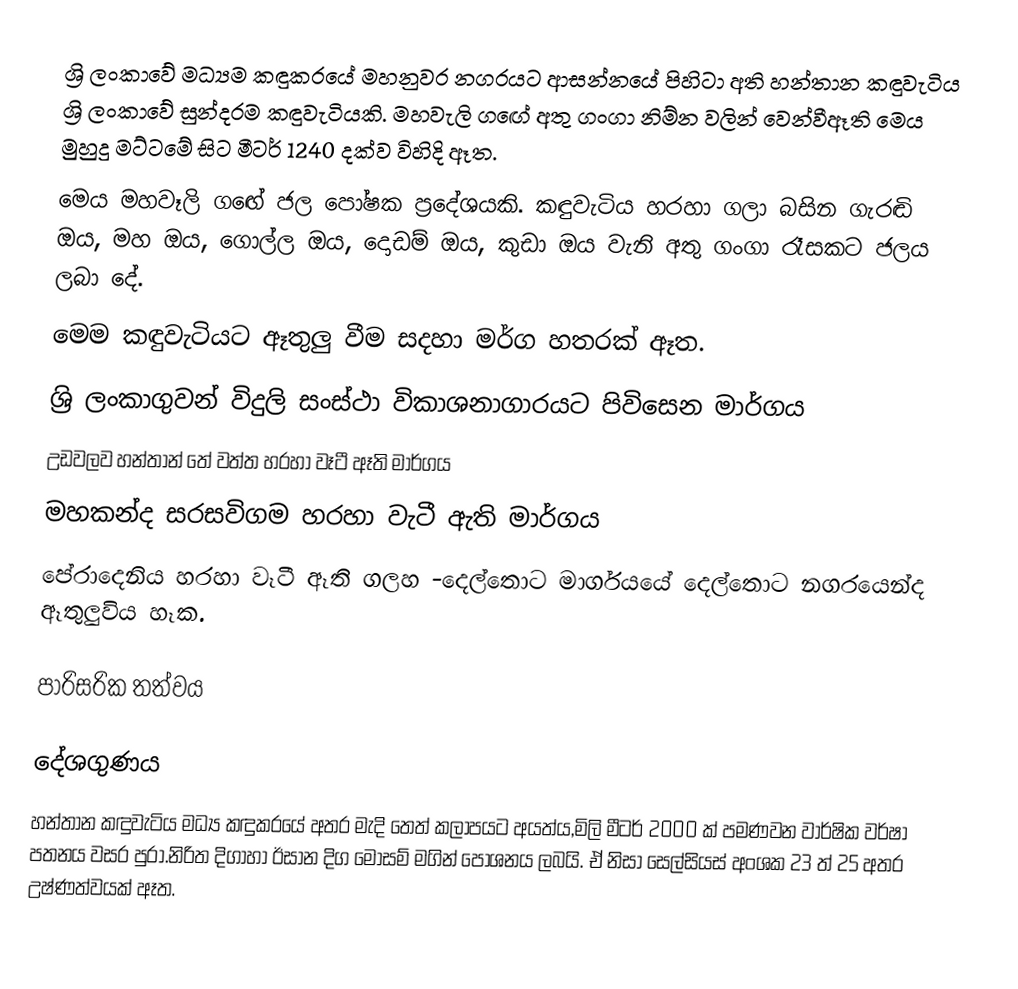
ශ්‍රි ලංකාවේ මධ්‍යම කඳුකරයේ මහනුවර නගරයට ආසන්නයේ පිහිටා අති හන්තාන කඳුවැටිය ශ්‍රි ලංකාවේ සුන්දරම  කඳුවැටියකි. මහවැලි ගඟේ අතු ගංගා නිම්න වලින් වෙන්වීඈති මෙය මුහුදු මට්ටමේ සිට මීටර් 1240 දක්ව විහිදි ඈත.
මෙය මහවෑලි ගඟේ ජල පෝෂක  ප්‍රදේශයකි. කඳුවැටිය හරහා ගලා බසින  ගැරඬි ඔය, මහ ඔය, ගොල්ල ඔය, දොඩම් ඔය, කුඩා ඔය වැනි අතු ගංගා රෑසකට ජලය ලබා දේ.
මෙම කඳුවැටියට ඈතුලු වීම සදහා මර්ග හතරක් ඈත.
ශ්‍රි ලංකාගුවන් විදුලි සංස්ථා විකාශනාගාරයට පිවිසෙන මාර්ගය
උඩවලව හන්තාන් තේ වත්ත හරහා වෑටී ඈති මාර්ගය
මහකන්ද සරසවිගම  හරහා වැටී ඇති මාර්ගය
පේරාදෙනිය හරහා වෑටී ඈති ගලහ -දෙල්තොට මාර්ගයයේ දෙල්තොට නගරයෙන්ද ඈතුලුවිය හෑක.

පාරිසරික තත්වය

දේශගුණය
හන්තාන කඳුවැටිය මධ්‍ය කඳුකරයේ අතර මැදි තෙත් කලාපයට අයත්ය,මිලි මීටර් 2000 ක්‌ පමණවන වාර්ෂික වර්ෂා පතනය වසර පුරා.නිරිත දිගාහා ඊසාන දිග මෝසම් මගින් පෝශනය ලබයි. ඒ නිසා සෙල්සියස්‌ අංශක 23 ත් 25 අතර උෂ්ණත්වයක් ඈත.